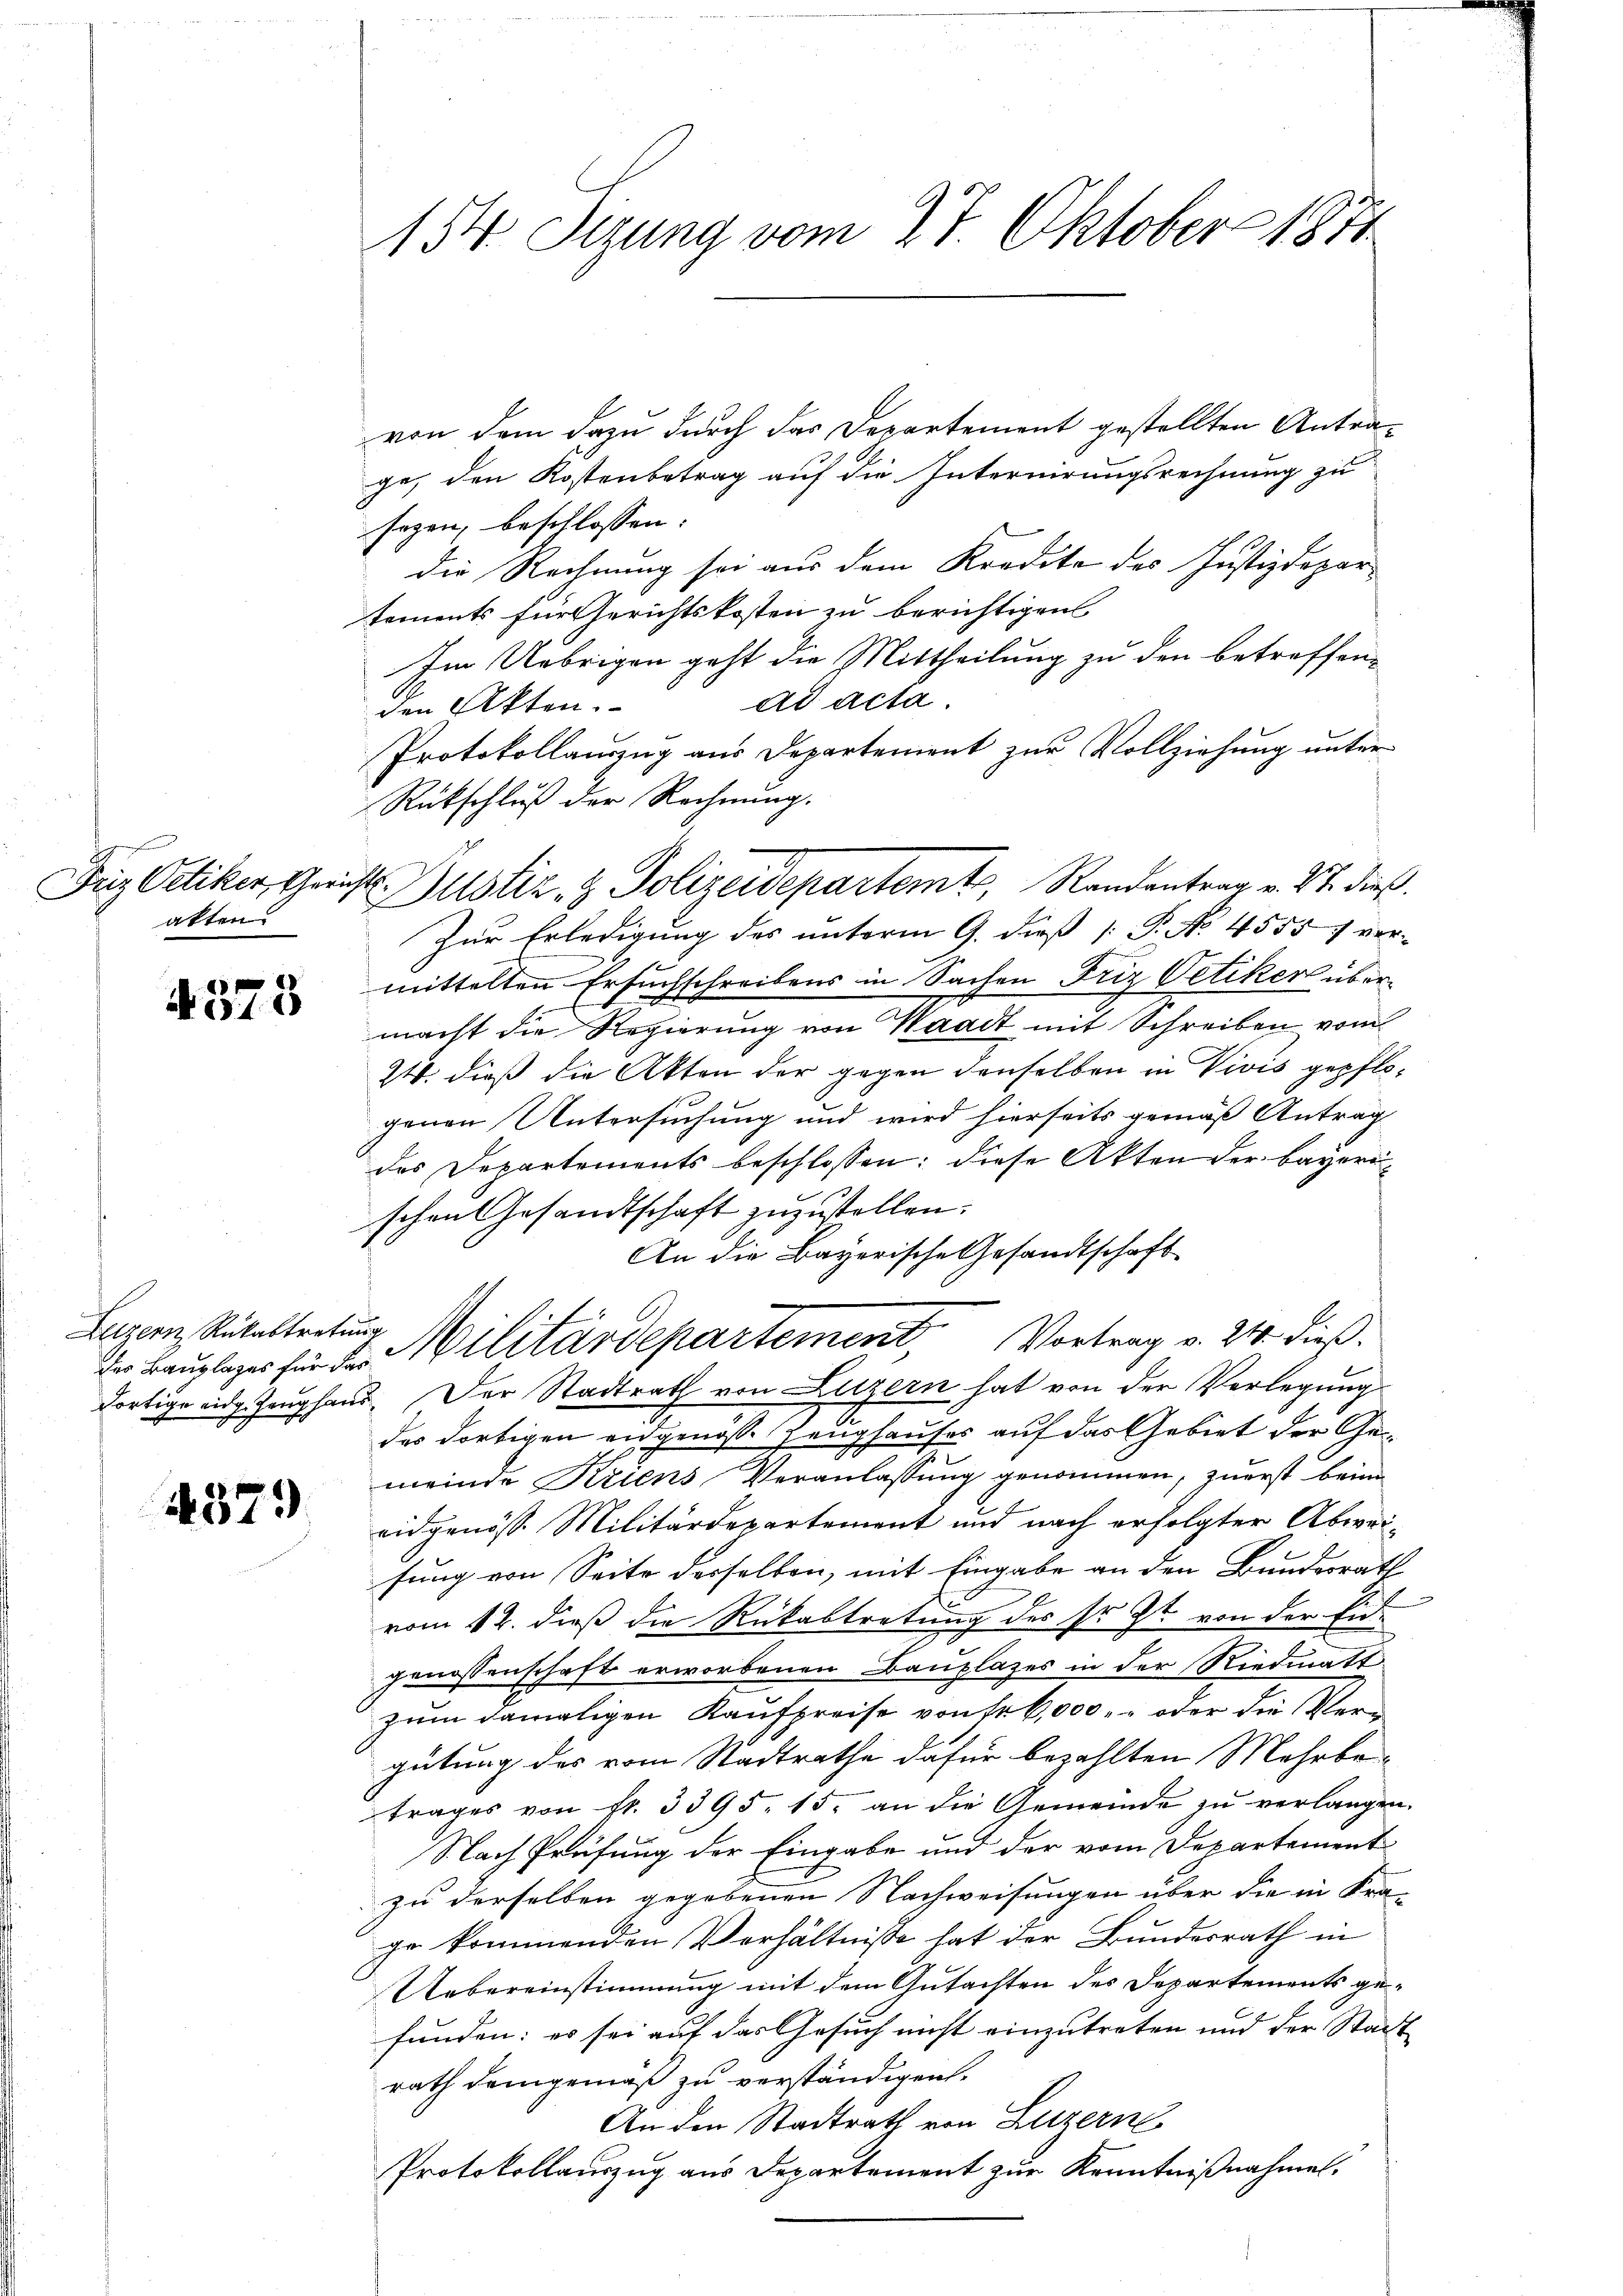
Friz Oetiker, Gerichtsakten

4573

Luzern, Rukabtretung
des Bauplages für das

4379

154. Sizung vom 27. Oktober 1871

von dem dazu durch das Departement gestellten Antrage, den Kostenbetrag auf die Internirungsrechnung zu
sagen, beschlossen: |
die Rechnung sei aus dem Kredite des Justizdepartements für Gerichtskosten zu berichtigen
Im Uebrigen geht die Mittheilung zu den betreffenad acta.
den Akten.
Protokollauszug aus Departement zur Vollziehung unter
Rückschluß der Rechnung.
Zur Erledigung des unterm 9. dieß [ P. No. 4555 7 ver-
mittelten Ersuchschreibens in Sachen Friz Vetiker übermacht die Regierung von Waadt mit Schreiben vom
W. dieß die Akten der gegen denselben in Vivis gepflogenen Untersuchung und wird hierseits gemäß Antrag
des Departements beschlossen: diese Akten der Bayerischen Gesandtschaft zuzustellen.
An die Bayerische Gesandtschaft
Militärdepartement. Vortrag v. 24. dieß.
dortige eidge Zeughand. Der Stadtrath von Luzern hat von der Verlegung
des dortigen ausgenösse Zeughauses auf das Gebiet der Gemeinde Kriens Veranlassung genommen, zuerst beim
eidgenöss. Militärdepartement und nach erfolgter Abweifung von Seite desselben, mit Eingabe an den Bundesrath
vom 12. dieß die Rükabtretung des sr. Zt. von der Eidgenossenschaft erworbenen Bauplazes in der Riedmatt
zum damaligen Kaufpreise von fr 6,000.- oder die Vergütung des vom Stadtrathe dafür bezahlten Mehrbetrages von fr. 3395. 15. an die Gemeinde zu verlangen.
Nach Prüfung der Eingabe und der vom Departement
zu derselben gegebenen Nachweisungen über die in Kra-
ge kommenden Verhältnisse hat der Bundesrath in
Uebereinstimmung mit dem Gutachten des Departements gefunden: es sei auf das Gesuch nicht einzutreten und der Stadt
rath demgemäß zu verständigen.
An den Stadtrath von Luzerne
Protokollauszug aus Departement zur Kenntnißnahmen.

Justiz & Polizeidepartemt, Randantrag v. 21. dieß.